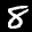
Label: 8